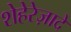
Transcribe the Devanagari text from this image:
शेहेरेज़ादे